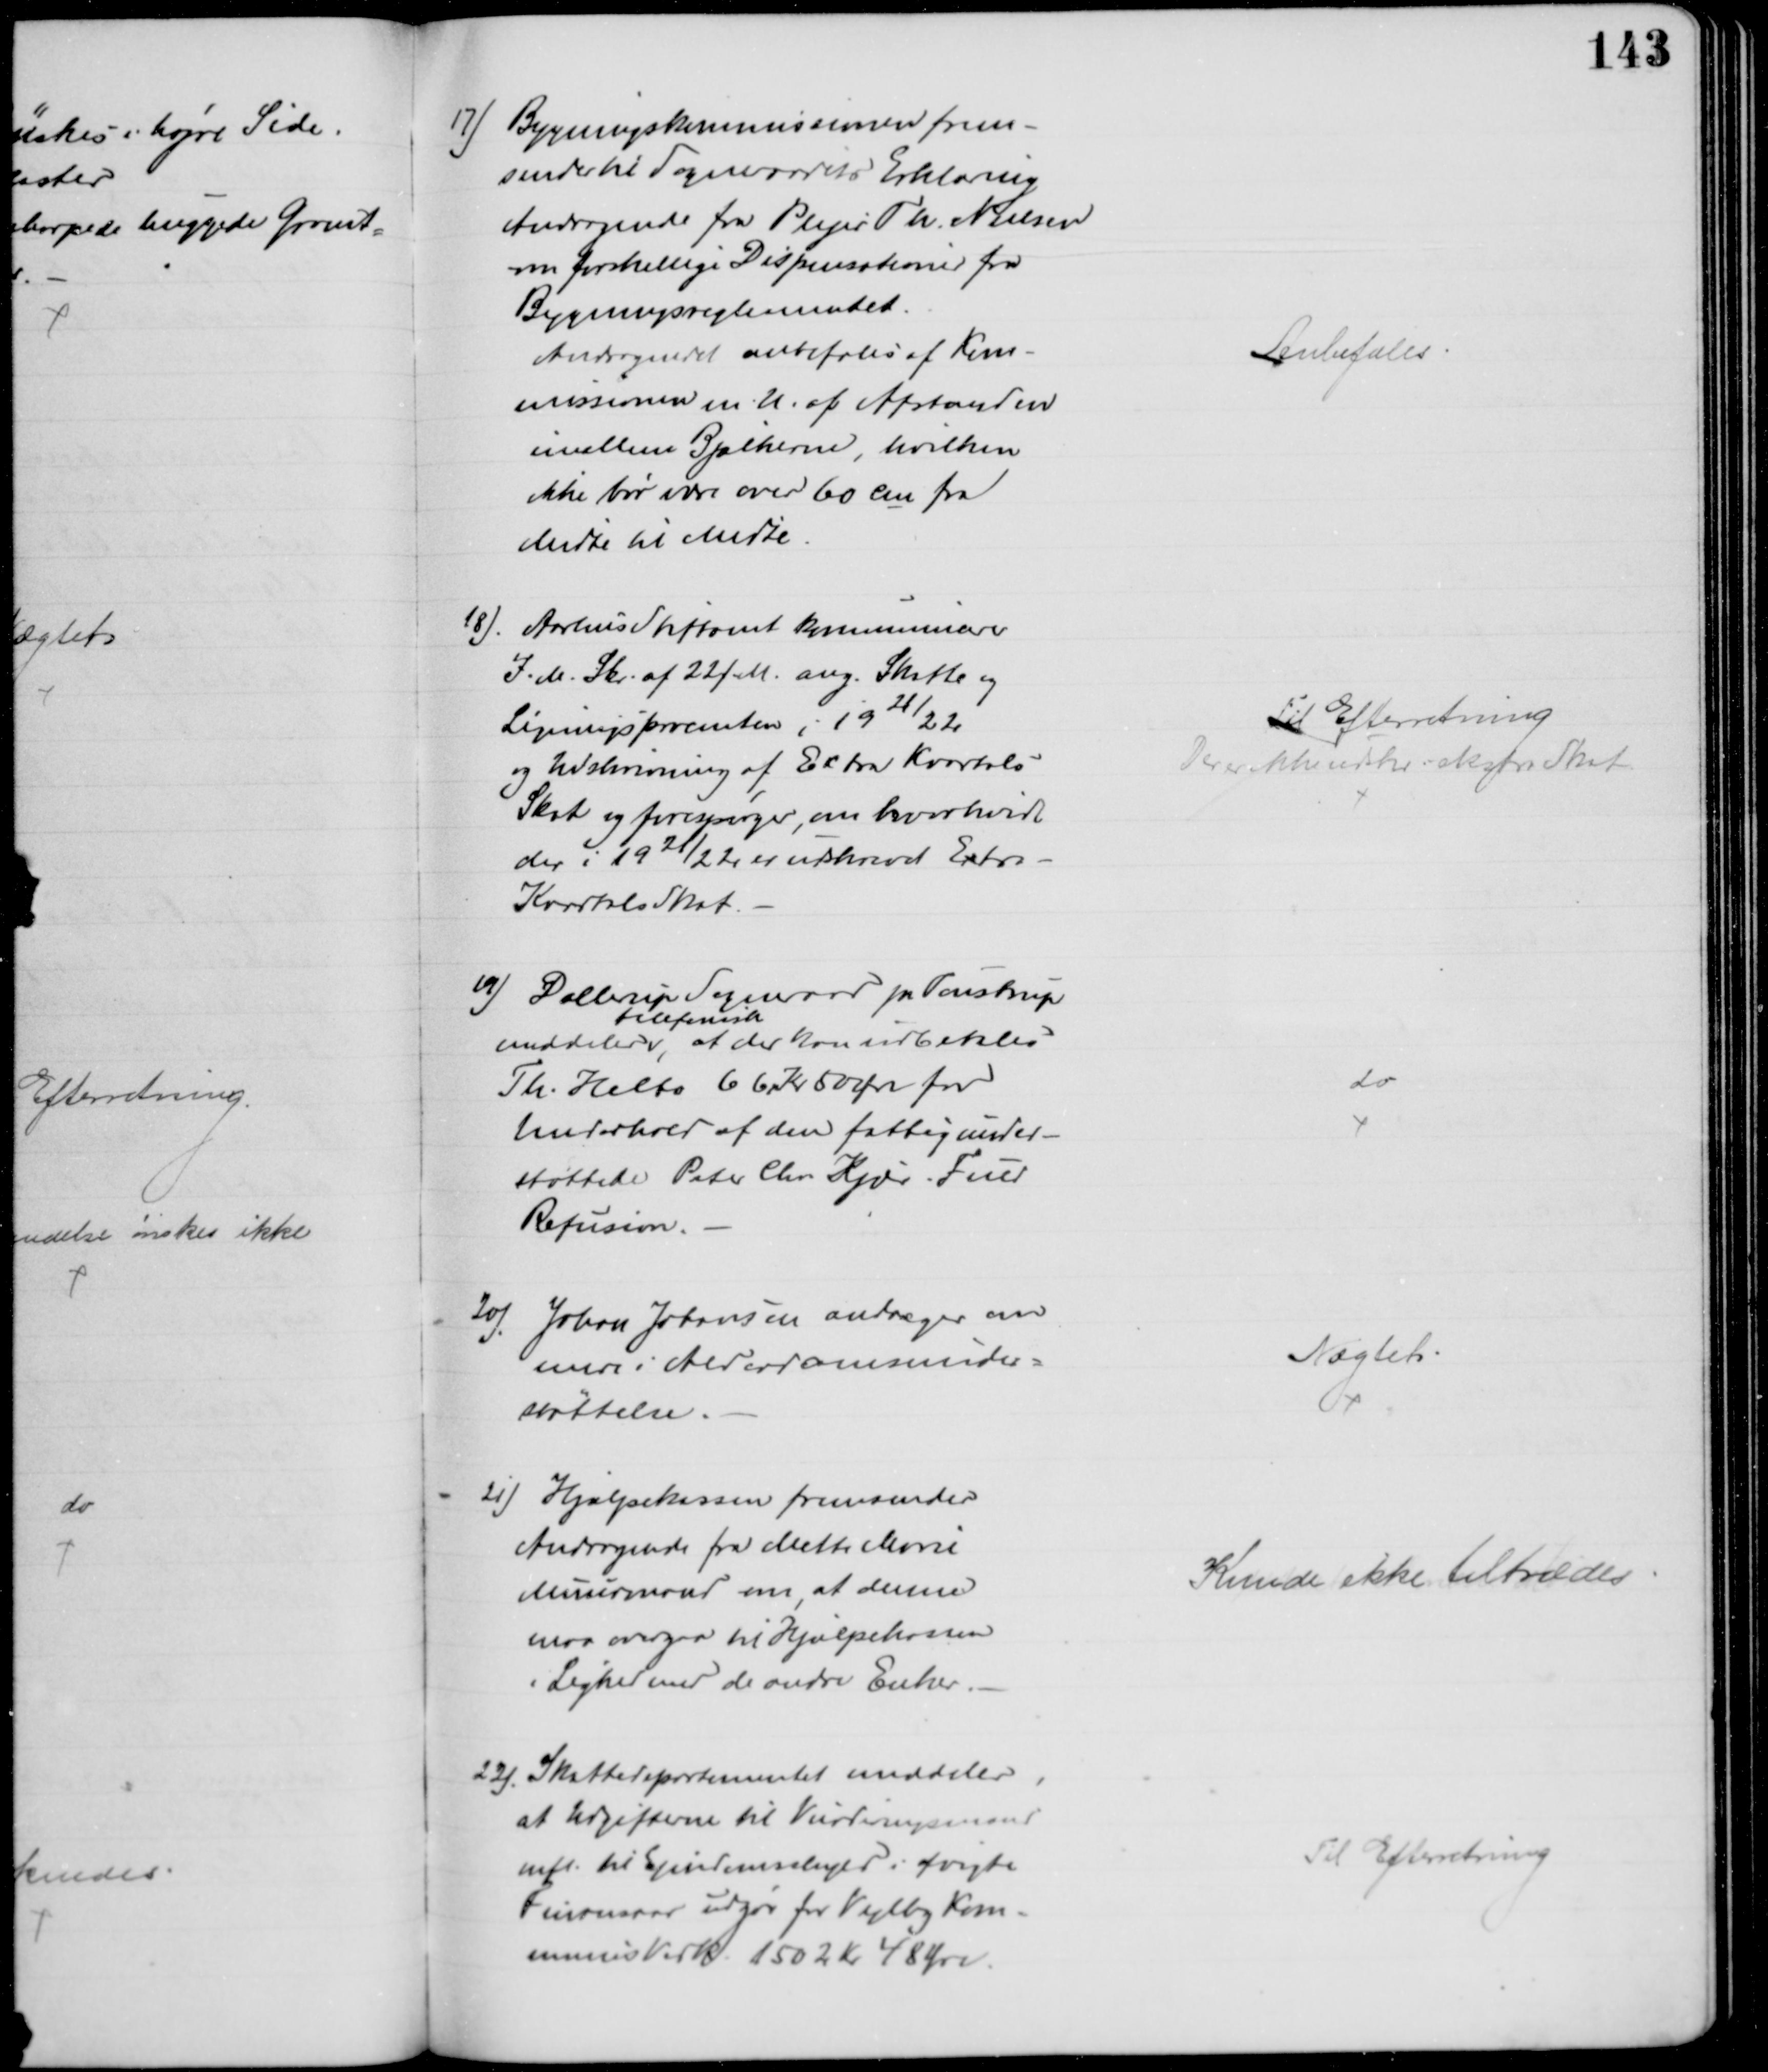
Transskription:
17) Bygningskommissionen frem-
sender til Sogneraadets Erklæring
Andragende fra Plejer Th. Nielsen
om Forskellige Dispensationer fra
Bygningsreglementet
Andragendet anbefales af Kom-
missionen m. U. af Afstanden
mellem Bjælkerne, hvilken
ikke bør være over 60 cm fra
Midte til Midte
Anbefales
18) Aarhus Stiftamt kommunicerer
I. M. Skr. af 22 f. M. ang. Skatte og 
Ligningsprocenten i 1921/22
og Udskrivning af Extra Kvartals
Skat og forespørger, om hvorhvidt
der i 1921/22 er udskrevet Extra-
Kvartals Skat.
Til Efterretning
Der er ikke udskr. ekstra Skat
1) Dallerup Sogneraad pr. Toustrup
meddeler
telefonisk
, at der kan udbetales
Th. Helbo 66 Kr 50 Øre for
Underhold af den fattigunder-
støttede Peter Chr Kjær Fuld
Refusion.
do
20) Johan Johansen andrager om
mere i Alderdomsunder=
støttelse.
Nægtet
21) Hjælpekassen fremsender
Andragende fra Mette Marie
Muurmand om, at denne
maa overgaa til Hjælpekassen
i Lighed med de andre Enker.
Kunde ikke tiltrædes
22) Skattedepartementet meddeler,
at Udgifterne til Vurderingsmænd
mfl. til Ejendomsskyld i afvigte
Finansaar udgør for Vejlby Kom-
munes Vedk. 1502 Kr 48 Øre.
Til Efterretning